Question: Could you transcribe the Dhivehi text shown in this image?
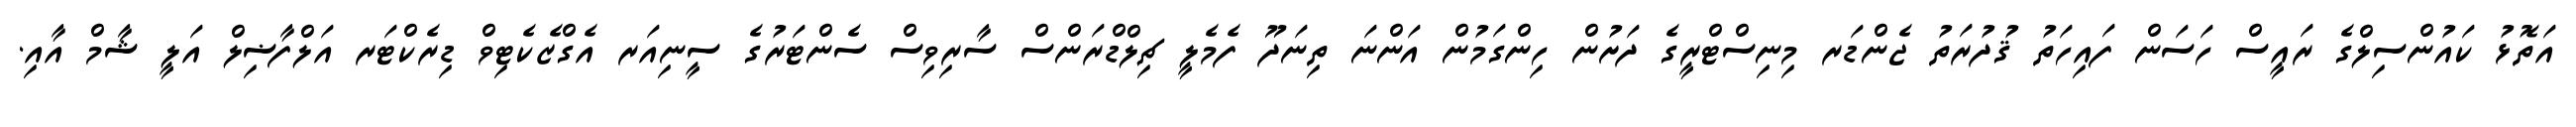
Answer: އަތޮޅު ކައުންސިލްގެ ރައީސް ހަސަން ފައިހަތު ޤުދުރަތު ޖެންޑަރ މިނިސްޓްރީގެ ދަށުން ހިންގަމުން އަންނަ ތިނަދޫ ފެމެލީ ޗިލްޑްރަންސް ސާރިވިސް ސެންޓަރުގެ ސީނިއަރ އެގްޒެކެޓިވް ޑިރެކްޓަރ އަލްފާޟިލް އަލީ ޝާމް އާއި.